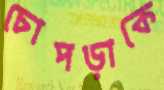
চোপড়াকে